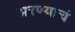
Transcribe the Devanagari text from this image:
अरण्याचं